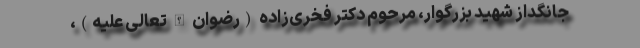
جانگداز شهید بزرگوار، مرحوم دکتر فخری‌زاده (رضوان الله تعالی علیه)،